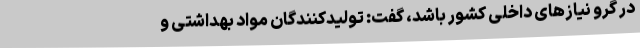
در گرو نیازهای داخلی کشور باشد، گفت: تولیدکنندگان مواد بهداشتی و